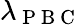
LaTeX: \lambda_{\mathrm{~P~B~C~}}